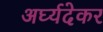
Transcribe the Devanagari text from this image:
अर्घ्यदेकर